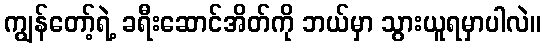
ကျွန်တော့်ရဲ့ ခရီးဆောင်အိတ်ကို ဘယ်မှာ သွားယူရမှာပါလဲ။